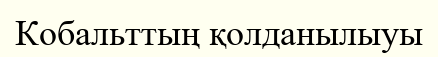
Кобальттың қолданылыуы